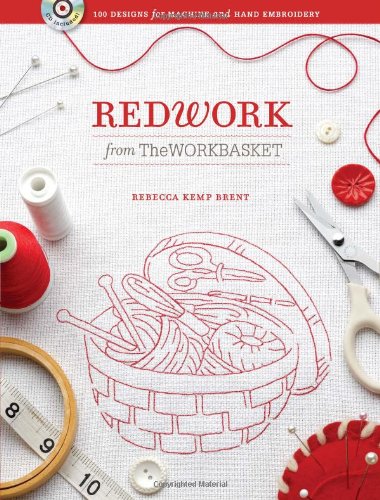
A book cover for Redwork from The WORKBASKET: 100 Designs for Machine and Hand Embroidery; Crafts, Hobbies & Home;